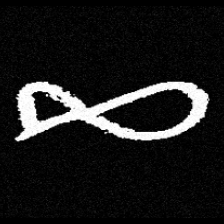
Pyu character \u2014 Myanmar letter: ဆ (romanized: cha)